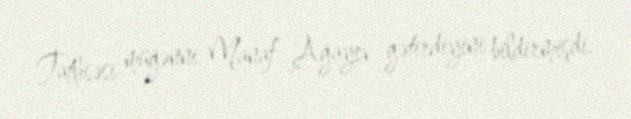
Tatlısəsi müğənni Manaf Ağayev gətirdiyini bildirmişdi.